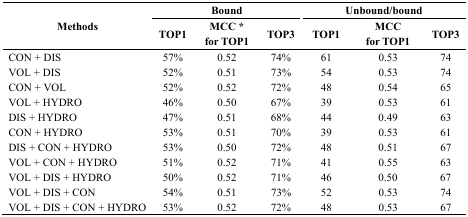
|  | <COLSPAN=3> Bound | <COLSPAN=3> Unbound/bound |
 | Methods | TOP1 | MCC * for TOP1 | TOP3 | TOP1 | MCC for TOP1 | TOP3 |
 | --- | --- | --- | --- | --- | --- | --- |
 | CON + DIS | 57% | 0.52 | 74% | 61 | 0.53 | 74 |
 | VOL + DIS | 52% | 0.51 | 73% | 54 | 0.53 | 74 |
 | CON + VOL | 52% | 0.52 | 72% | 48 | 0.54 | 65 |
 | VOL + HYDRO | 46% | 0.50 | 67% | 39 | 0.53 | 61 |
 | DIS + HYDRO | 47% | 0.51 | 68% | 44 | 0.49 | 63 |
 | CON + HYDRO | 53% | 0.51 | 70% | 39 | 0.53 | 61 |
 | DIS + CON + HYDRO | 53% | 0.50 | 72% | 48 | 0.51 | 67 |
 | VOL + CON + HYDRO | 51% | 0.52 | 71% | 41 | 0.55 | 63 |
 | VOL + DIS + HYDRO | 50% | 0.52 | 71% | 46 | 0.50 | 67 |
 | VOL + DIS + CON | 54% | 0.51 | 73% | 52 | 0.53 | 74 |
 | VOL + DIS + CON + HYDRO | 53% | 0.52 | 72% | 48 | 0.53 | 67 |